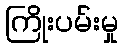
ကြိုးပမ်းမှု